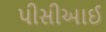
પીસીઆઈ